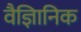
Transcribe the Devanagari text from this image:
वैज्ञिानिक